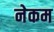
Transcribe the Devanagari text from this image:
नेकम